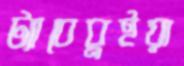
ট্যাবেবুইয়া